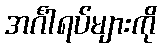
အင်္ဂါရပ်များကို